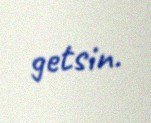
getsin.